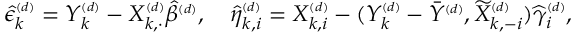
\begin{array} { r } { \widehat { \epsilon } _ { k } ^ { \scriptscriptstyle ( d ) } = Y _ { k } ^ { \scriptscriptstyle ( d ) } - X _ { k , \cdot } ^ { \scriptscriptstyle ( d ) } \widehat { \beta } ^ { \scriptscriptstyle ( d ) } , \quad \widehat { \eta } _ { k , i } ^ { \scriptscriptstyle ( d ) } = X _ { k , i } ^ { \scriptscriptstyle ( d ) } - ( Y _ { k } ^ { \scriptscriptstyle ( d ) } - \bar { Y } ^ { \scriptscriptstyle ( d ) } , \widetilde X _ { k , - i } ^ { \scriptscriptstyle ( d ) } ) \widehat { \gamma } _ { i } ^ { \scriptscriptstyle ( d ) } , } \end{array}